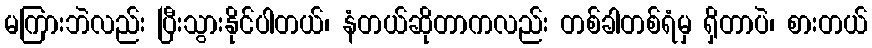
မကြားဘဲလည်း ပြီးသွားနိုင်ပါတယ်၊ နံတယ်ဆိုတာကလည်း တစ်ခါတစ်ရံမှ ရှိတာပဲ၊ စားတယ်